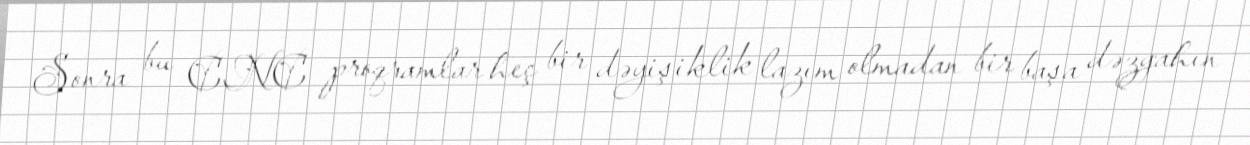
Sonra bu CNC proqramlar heç bir dəyişiklik lazım olmadan bir başa dəzgahın